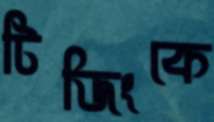
টিজিংকে